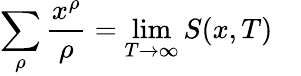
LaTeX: \sum_{\rho}{\frac{x^{\rho}}{\rho}}=\operatorname*{lim}_{T\rightarrow\infty}S(x,T)\quad